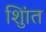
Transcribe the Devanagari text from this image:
शुिांत